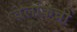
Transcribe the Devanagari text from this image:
वेलांकन्नी